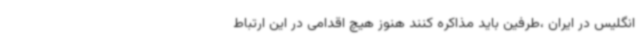
انگلیس در ایران ،طرفین باید مذاکره کنند هنوز هیچ اقدامی در این ارتباط